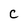
Character: C